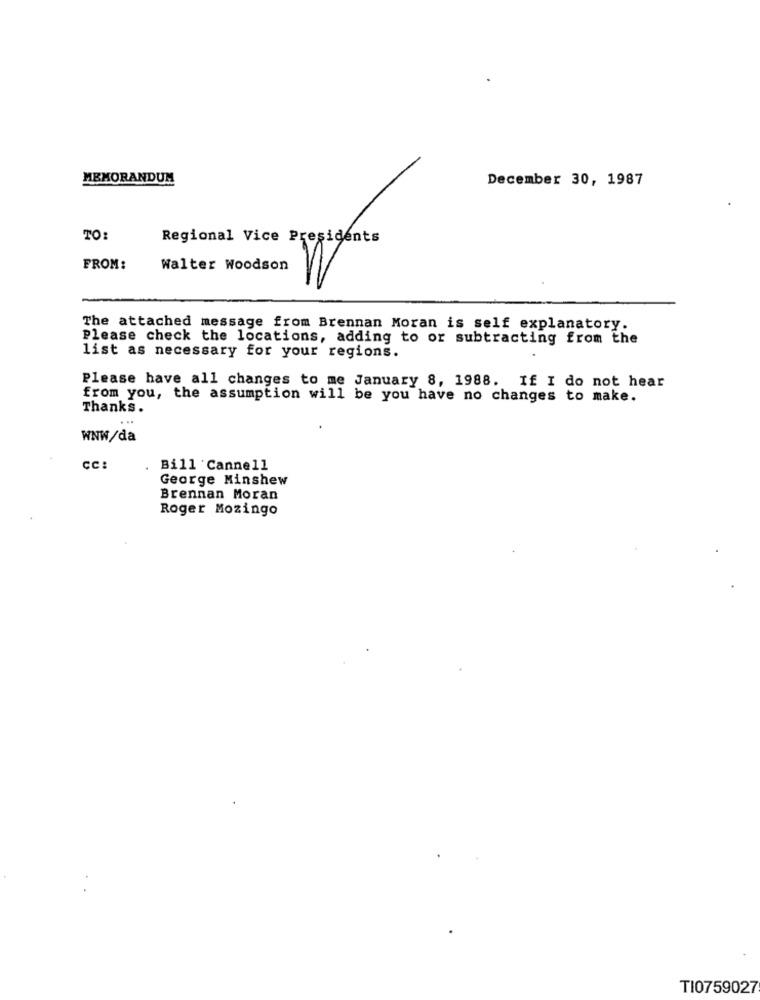
MEMORANDUM
December 30, 1987
TO:
Regional Vice Presidents
FROM:
Walter Woodson
The attached message from Brennan Moran is self explanatory.
Please check the locations, adding to or subtracting from the
list as necessary for your regions.
Please have all changes to me January 8, 1988. If I do not hear
from you, the assumption will be you have no changes to make.
Thanks.
...
WNW/da
CC:
Bill'Cannell
George Minshew
Brennan Moran
Roger Mozingo
TI0759027